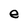
Character: e